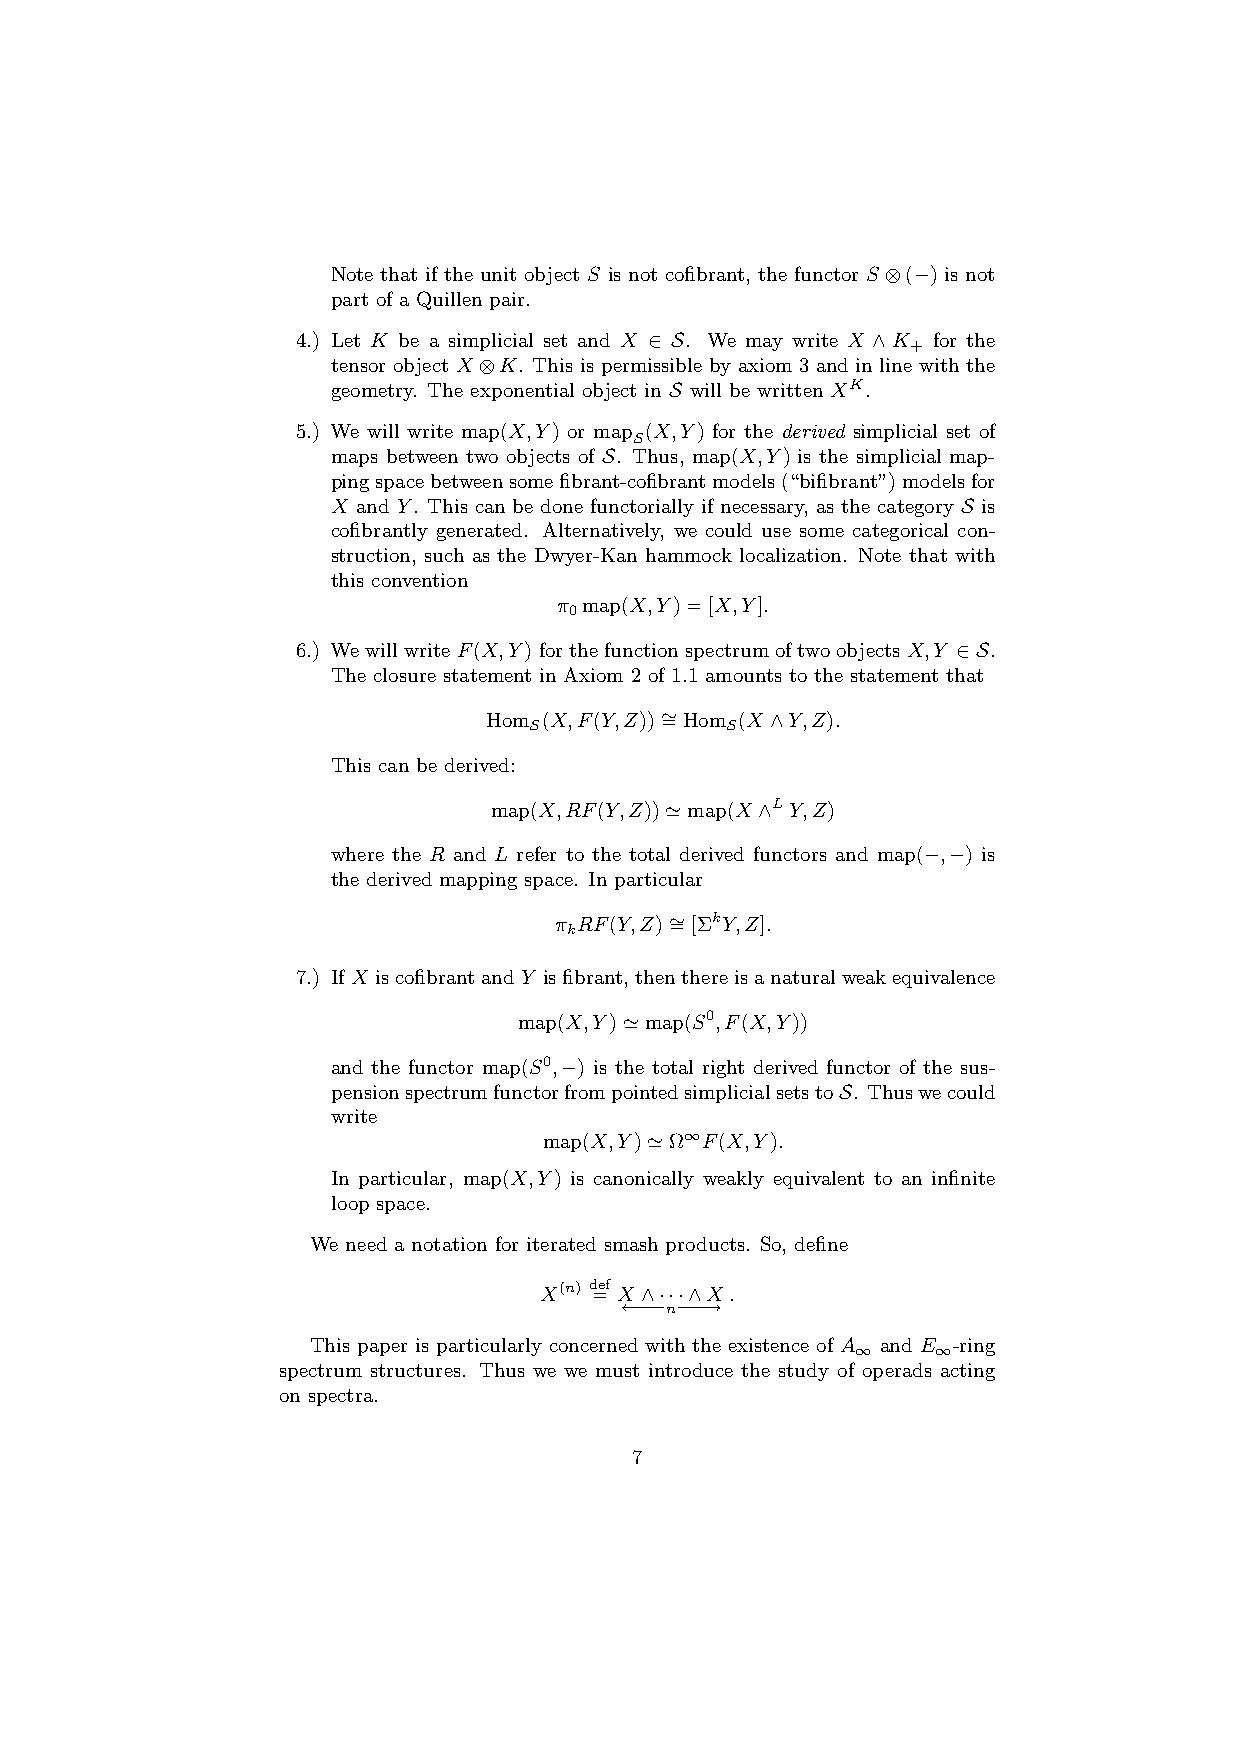
Note that if the unit object S is not cofibrant, the functor S⊗(−) is not
 part of a Quillen pair.
 4.) Let K be a simplicial set and X ∈ S. We may write X ∧K for the
 +
 tensor object X⊗K. This is permissible by axiom 3 and in line with the
 geometry. The exponential object in S will be written XK.
 5.) We will write map(X,Y) or map (X,Y) for the derived simplicial set of
 S
 maps between two objects of S. Thus, map(X,Y) is the simplicial map-
 pingspacebetweensomefibrant-cofibrantmodels(“bifibrant”)modelsfor
 X and Y. This can be done functorially if necessary, as the category S is
 cofibrantly generated. Alternatively, we could use some categorical con-
 struction, such as the Dwyer-Kan hammock localization. Note that with
 this convention
 π map(X,Y)=[X,Y].
 0
 6.) WewillwriteF(X,Y)forthefunctionspectrumoftwoobjectsX,Y ∈S.
 The closure statement in Axiom 2 of 1.1 amounts to the statement that
 Hom (X,F(Y,Z))∼ =Hom (X∧Y,Z).
 S            S
 This can be derived:
 map(X,RF(Y,Z))’map(X∧LY,Z)
 where the R and L refer to the total derived functors and map(−,−) is
 the derived mapping space. In particular
 π RF(Y,Z)∼ =[ΣkY,Z].
 k
 7.) IfX iscofibrantandY isfibrant,thenthereisanaturalweakequivalence
 map(X,Y)’map(S0,F(X,Y))
 and the functor map(S0,−) is the total right derived functor of the sus-
 pensionspectrumfunctorfrompointedsimplicialsetstoS. Thuswecould
 write
 map(X,Y)’Ω∞F(X,Y).
 In particular, map(X,Y) is canonically weakly equivalent to an infinite
 loop space.
 We need a notation for iterated smash products. So, define
 X(n) d =ef X∧···∧X.
 ←−−−n−−−→
 This paper is particularly concerned with the existence of A and E -ring
 ∞    ∞
 spectrum structures. Thus we we must introduce the study of operads acting
 on spectra.
 7